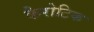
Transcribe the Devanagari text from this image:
कैरोटिक